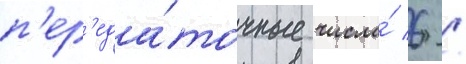
п'ер'еда́точные числа́ 6 /